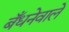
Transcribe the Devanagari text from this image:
बँधनेवाले